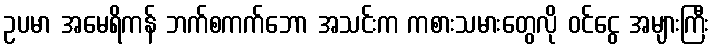
ဥပမာ အမေရိကန် ဘက်စကက်ဘော အသင်းက ကစားသမားတွေလို ဝင်ငွေ အများကြီး